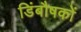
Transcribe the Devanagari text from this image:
डिंबौषकों